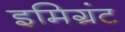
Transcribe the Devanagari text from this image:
इमिग्रंट